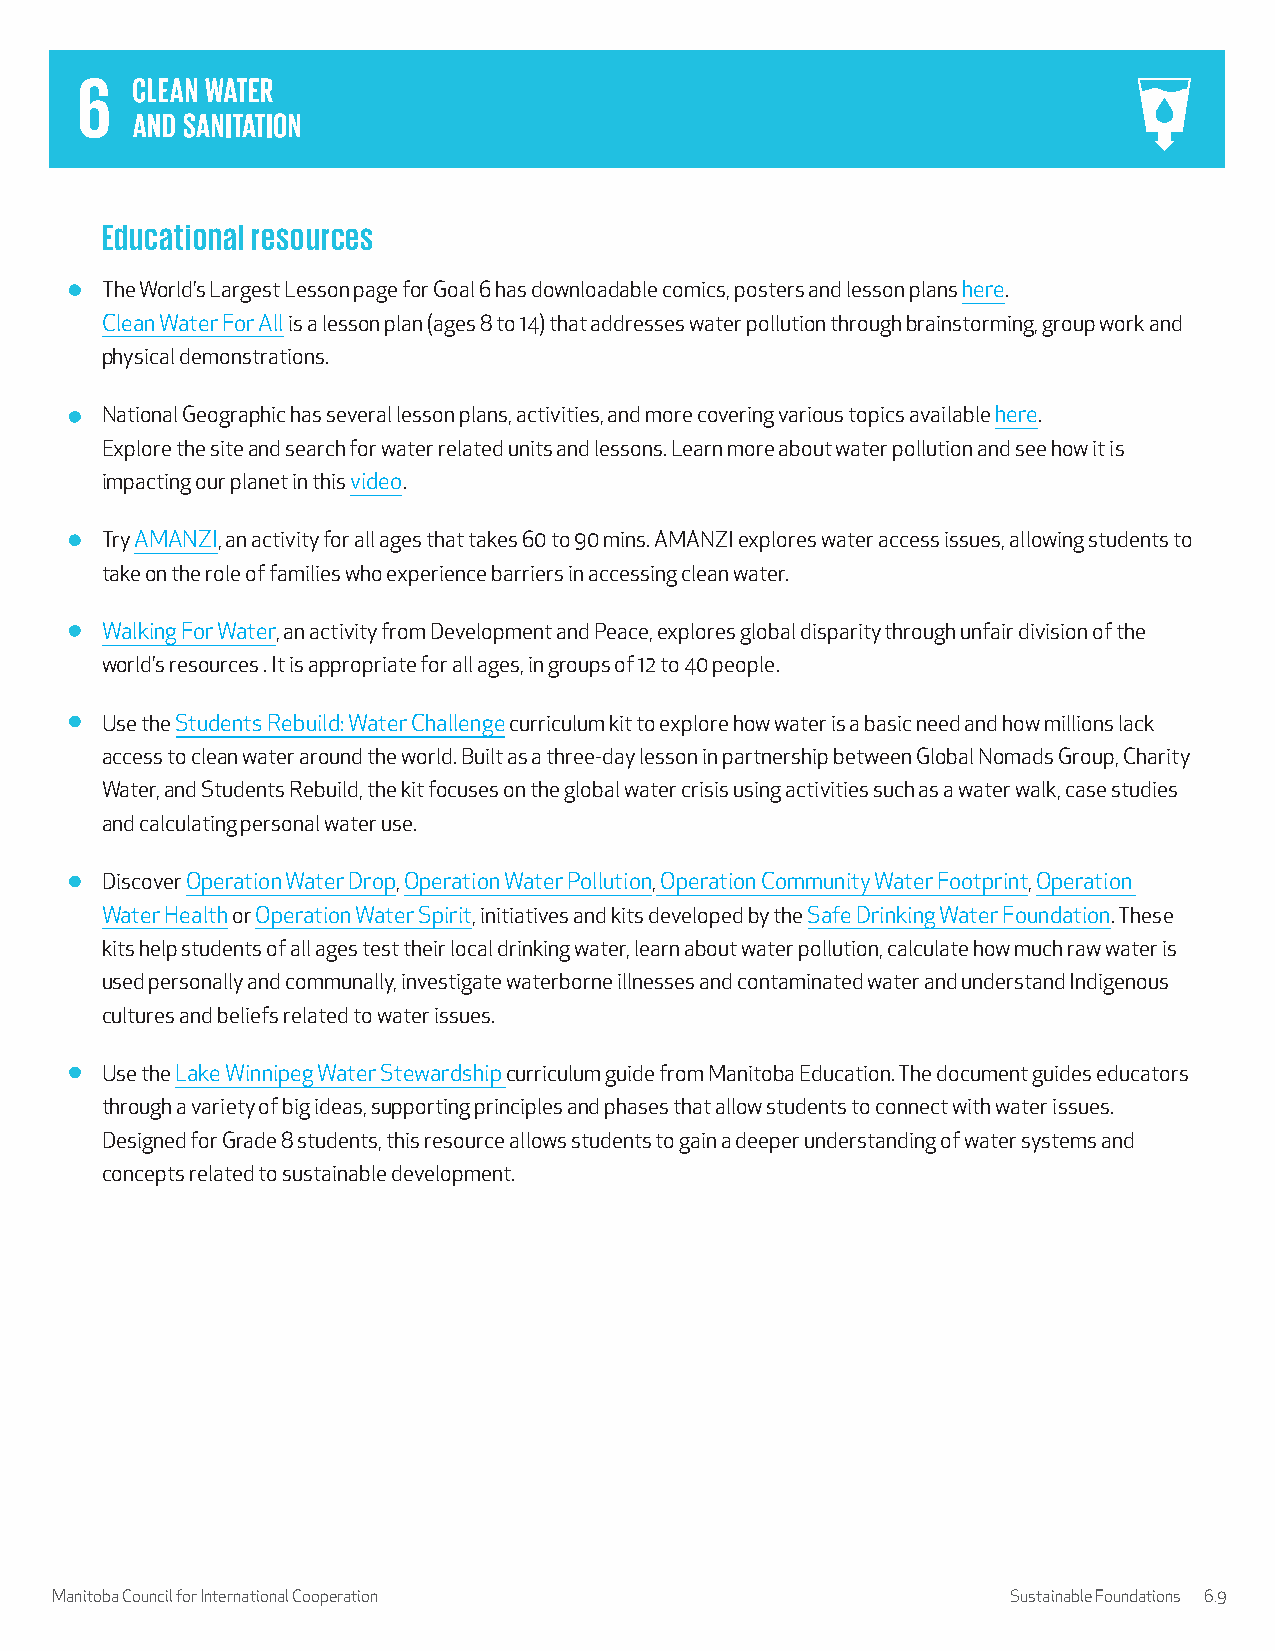
Educational resources
 The World’s Largest Lesson page for Goal 6 has downloadable comics, posters and lesson plans here.
 Clean Water For All is a lesson plan (ages 8 to 14) that addresses water pollution through brainstorming, group work and
 physical demonstrations.
 National Geographic has several lesson plans, activities, and more covering various topics available here.
 Explore the site and search for water related units and lessons. Learn more about water pollution and see how it is
 impacting our planet in this video.
 Try AMANZI, an activity for all ages that takes 60 to 90 mins. AMANZI explores water access issues, allowing students to
 take on the role of families who experience barriers in accessing clean water.
 Walking For Water, an activity from Development and Peace, explores global disparity through unfair division of the
 world’s resources . It is appropriate for all ages, in groups of 12 to 40 people.
 Use the Students Rebuild: Water Challenge curriculum kit to explore how water is a basic need and how millions lack
 access to clean water around the world. Built as a three-day lesson in partnership between Global Nomads Group, Charity
 Water, and Students Rebuild, the kit focuses on the global water crisis using activities such as a water walk, case studies
 and calculating personal water use.
 Discover Operation Water Drop, Operation Water Pollution, Operation Community Water Footprint, Operation
 Water Health or Operation Water Spirit, initiatives and kits developed by the Safe Drinking Water Foundation. These
 kits help students of all ages test their local drinking water, learn about water pollution, calculate how much raw water is
 used personally and communally, investigate waterborne illnesses and contaminated water and understand Indigenous
 cultures and beliefs related to water issues.
 Use the Lake Winnipeg Water Stewardship curriculum guide from Manitoba Education. The document guides educators
 through a variety of big ideas, supporting principles and phases that allow students to connect with water issues.
 Designed for Grade 8 students, this resource allows students to gain a deeper understanding of water systems and
 concepts related to sustainable development.
 Manitoba Council for International Cooperation                  Sustainable Foundations 6.9